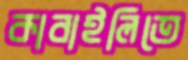
কাবাইলিতে